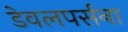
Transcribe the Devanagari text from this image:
डेवलपर्सना